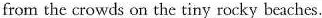
from the crowds on the tiny rocky beaches.